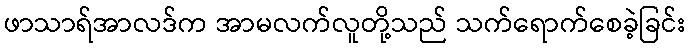
ဖာသာရ်အာလဒ်က အာမလက်လူတို့သည် သက်ရောက်စေခဲ့ခြင်း